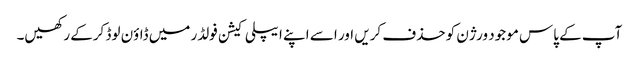
آپ کے پاس موجود ورژن کو حذف کریں اور اسے اپنے ایپلی کیشن فولڈر میں ڈاؤن لوڈ کرکے رکھیں۔